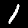
Digit: 1